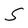
Character: S